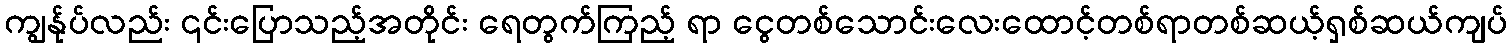
ကျွန်ုပ်လည်း ၎င်းပြောသည့်အတိုင်း ရေတွက်ကြည့် ရာ ငွေတစ်သောင်းလေးထောင့်တစ်ရာတစ်ဆယ့်ရှစ်ဆယ်ကျပ်